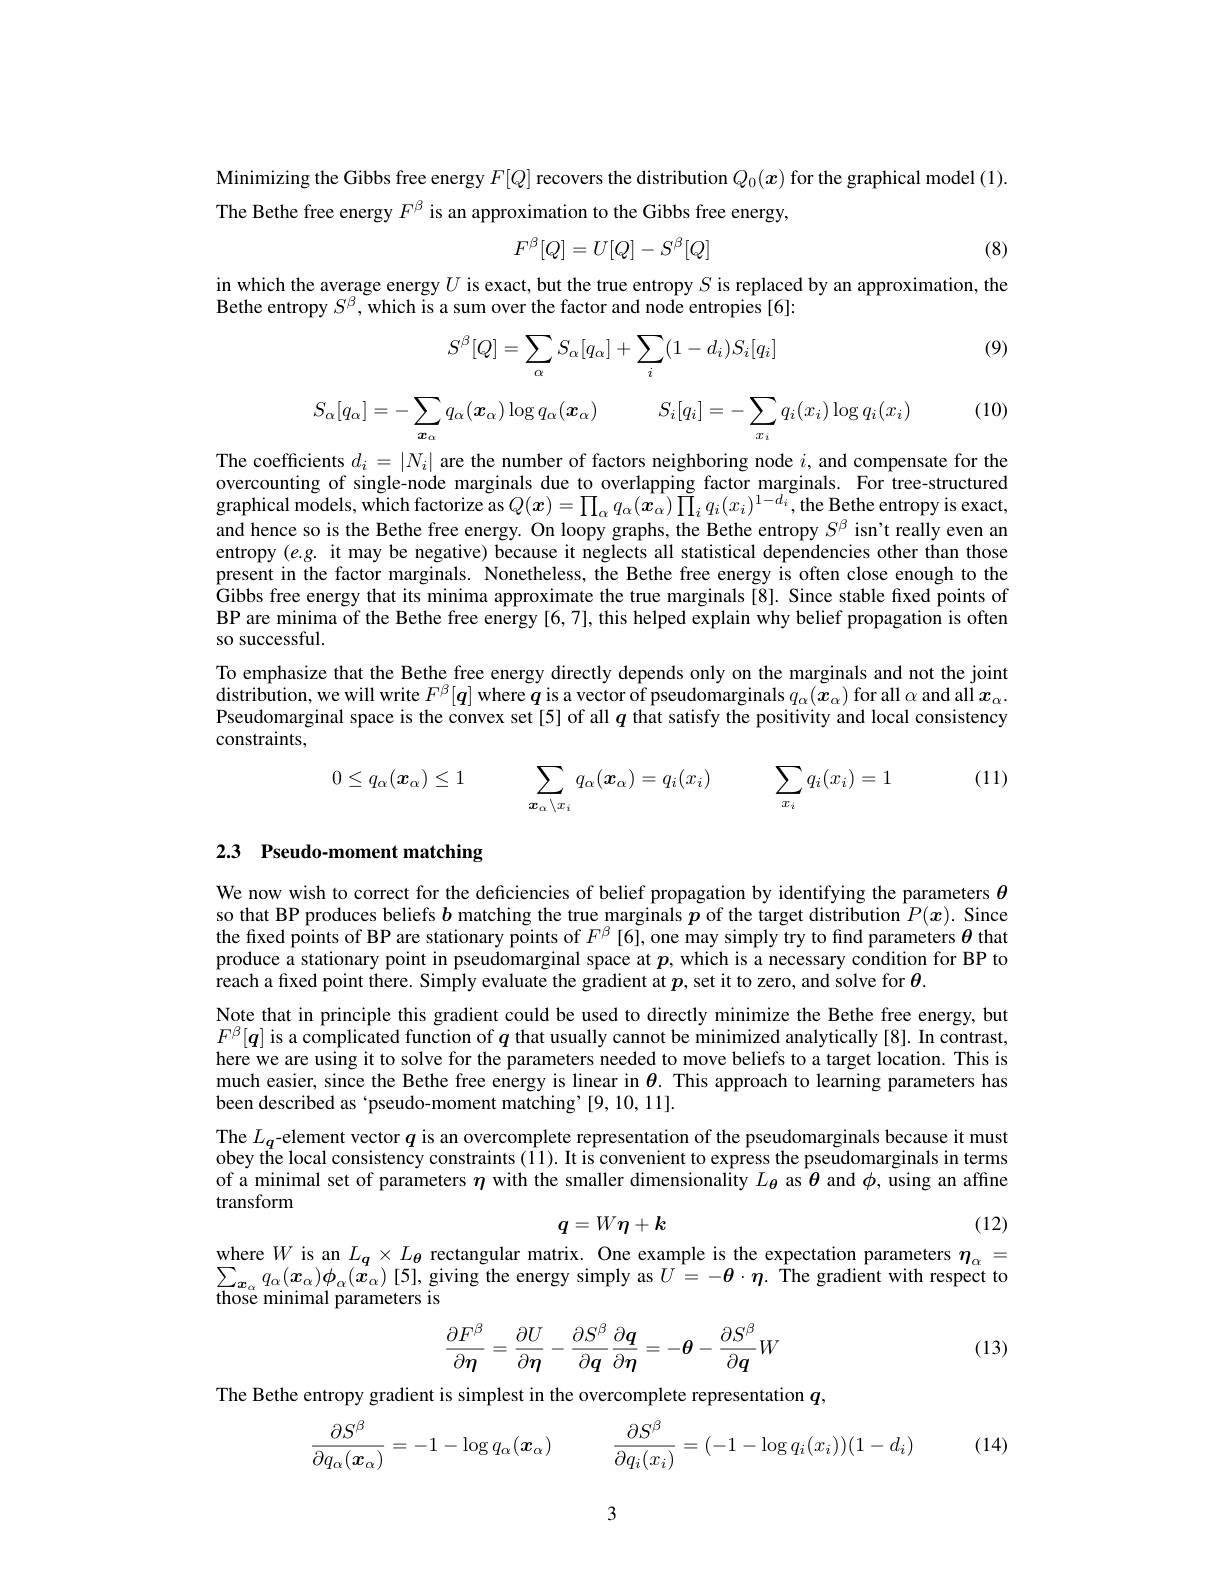
Minimizing the Gibbs free energy $F[Q]$ recovers the distribution $Q_0(x)$ for the graphical model (1).
The Bethe free energy $F^\mathrm{\beta}$ is an approximation to the Gibbs free energy,

(8)
$$F^\beta[Q]=U[Q]-S^\beta[Q]$$
in which the average energy $U$ is exact, but the true entropy $S$ is replaced by an approximation, the
Bethe entropy $S^{\beta}$,which is a sum over the factor and node entropies[6]:

(9)
$$\begin{aligned}S^\beta[Q]=\sum_\alpha S_\alpha[q_\alpha]+\sum_i(1-d_i)S_i[q_i]\end{aligned}$$
$$S_{\alpha}[q_{\alpha}]=-\sum_{\boldsymbol{x}_{\alpha}}q_{\alpha}(\boldsymbol{x}_{\alpha})\log q_{\alpha}(\boldsymbol{x}_{\alpha})\quad S_{i}[q_{i}]=-\sum_{x_{i}}q_{i}(x_{i})\log q_{i}(x_{i})$$
(10)

The coefficients $d_i=|N_i|$ are the number of factors neighboring node $i$, and compensate for the overcounting of single-node marginals due to overlapping factor marginals. For tree-structured graphical models, which factorize as $Q(\boldsymbol{x})=\prod_{\alpha}q_{\alpha}(\hat{\boldsymbol{x}}_{\alpha})\tilde{\prod}_{i}q_{i}(x_{i})^{1-d_{i}}$, the Bethe entropy is exact, and hence so is the Bethe free energy. On loopy graphs, the Bethe entropy $S^\mathrm{\beta}$ isn't really even an entropy $(e.g.$ it may be negative) because it neglects all statistical dependencies other than those present in the factor marginals. Nonetheless, the Bethe free energy is often close enough to the Gibbs free energy that its minima approximate the true marginals[ 8] . Since stable fixed points of Gibbs free energy that its minima approximate the true marginals[ 8] . Since stable fixed points of BP are minima of the Bethe free energy [6,7], this helped explain why belief propagation is often so successful.
To emphasize that the Bethe free energy directly depends only on the marginals and not the joint distribution, we will write $F^\beta[\boldsymbol{q}]$ where $\boldsymbol{q}$ is a vector of pseudomarginals $q_\alpha(\boldsymbol{x}_\alpha)$ for all $\alpha$ and all $\boldsymbol{x}_\alpha.$ Pseudomarginal space is the convex set[5] of all $q$ that satisfy the positivity and local consistency constraints,

(11)
$$0\leq q_{\alpha}(\boldsymbol{x}_{\alpha})\leq1\quad\sum_{\boldsymbol{x}_{\alpha}\setminus x_{i}}q_{\alpha}(\boldsymbol{x}_{\alpha})=q_{i}(x_{i})\quad\sum_{x_{i}}q_{i}(x_{i})=1$$
# 2.3 Pseudo-moment matching

We now wish to correct for the deficiencies of belief propagation by identifying the parameters $\theta$ so that BP produces beliefs $b$ matching the true marginals $p$ of the target distribution $P(x).$ Since the fixed points of BP are stationary points of $F^\beta[6]$, one may simply try to find parameters $\theta$ that produce a stationary point in pseudomarginal space at $p$, which is a necessary condition for BP to reach a fixed point there. Simply evaluate the gradient at $p$, set it to zero, and solve for $\theta.$
Note that in principle this gradient could be used to directly minimize the Bethe free energy, but $F^{\beta}[q]$ is a complicated function of $q$ that usually cannot be minimized analytically[8].In contrast, here we are using it to solve for the parameters needed to move beliefs to a target location. This is much easier, since the Bethe free energy is linear in $\theta.$ This approach to learning parameters has been described as ‘pseudo-moment matching’[9,10,11].
The $L_{q}$-element vector $q$ is an overcomplete representation of the pseudomarginals because it must

obey the local consistency constraints (11). It is convenient to express the pseudomarginals in terms of a minimal set of parameters $\eta$ with the smaller dimensionality $L_{\boldsymbol{\theta}}$ as $\boldsymbol{\theta}$ and $\phi$,using an affine transform

(12)
$$q=W\eta+k$$
where $W$ is an $L_q\times L_{\theta}$ rectangular matrix. One example is the expectation parameters $\eta_\alpha=$

$-\theta\cdot\eta.$ The gradient with respect to
$\sum_{\boldsymbol{x}_{\alpha}}q_{\alpha}(\boldsymbol{x}_{\alpha})\phi_{\alpha}(\boldsymbol{x}_{\alpha})$[5], giving the energy simply as $U$
those minimal parameters is
$$\begin{aligned}\frac{\partial F^\beta}{\partial\eta}=\frac{\partial U}{\partial\eta}-\frac{\partial S^\beta}{\partial q}\frac{\partial\boldsymbol{q}}{\partial\boldsymbol{\eta}}=-\boldsymbol{\theta}-\frac{\partial S^\beta}{\partial\boldsymbol{q}}W\end{aligned}$$
(13)

The Bethe entropy gradient is simplest in the overcomplete representation $q$,
$$\frac{\partial S^{\beta}}{\partial q_{\alpha}(x_{\alpha})}=-1-\log q_{\alpha}(x_{\alpha})\quad\frac{\partial S^{\beta}}{\partial q_{i}(x_{i})}=(-1-\log q_{i}(x_{i}))(1-d_{i})$$
(14)

3